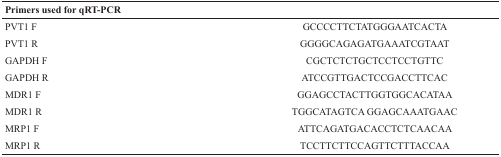
<table><thead><tr><td><b>Primers used for qRT-PCR</b></td><td></td></tr></thead><tbody><tr><td>PVT1 F</td><td>GCCCCTTCTATGGGAATCACTA</td></tr><tr><td>PVT1 R</td><td>GGGGCAGAGATGAAATCGTAAT</td></tr><tr><td>GAPDH F</td><td>CGCTCTCTGCTCCTCCTGTTC</td></tr><tr><td>GAPDH R</td><td>ATCCGTTGACTCCGACCTTCAC</td></tr><tr><td>MDR1 F</td><td>GGAGCCTACTTGGTGGCACATAA</td></tr><tr><td>MDR1 R</td><td>TGGCATAGTCA GGAGCAAATGAAC</td></tr><tr><td>MRP1 F</td><td>ATTCAGATGACACCTCTCAACAA</td></tr><tr><td>MRP1 R</td><td>TCCTTCTTCCAGTTCTTTACCAA</td></tr></tbody></table>